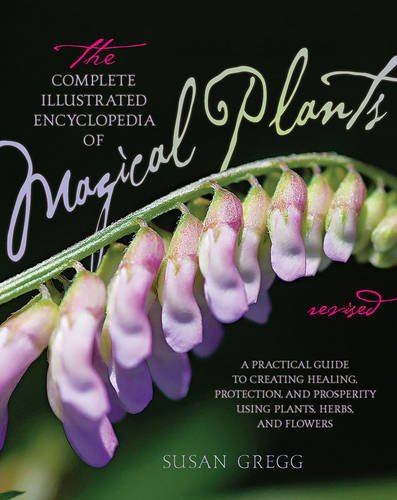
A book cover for The Complete Illustrated Encyclopedia of Magical Plants, Revised: A Practical Guide to Creating Healing, Protection, and Prosperity using Plants, Herbs, and Flowers; Susan Gregg; Religion & Spirituality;